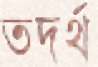
তদর্থ